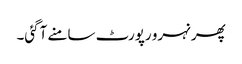
پھر نہرو رپورٹ سامنے آگئی۔